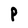
Character: P